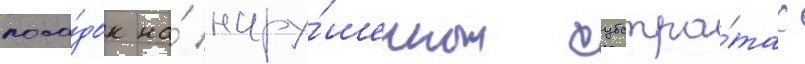
поса́док на́ нару́шенных субстра́тах